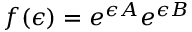
f ( \epsilon ) = e ^ { \epsilon A } e ^ { \epsilon B }